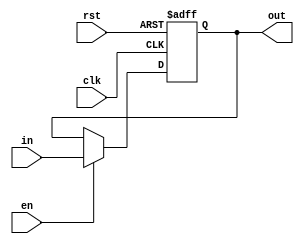
module Reg(clk,en, rst, in, out);
	parameter DATA_WIDTH = 8;

	input rst,en,clk;
	input[DATA_WIDTH-1:0] in;
	output reg [DATA_WIDTH-1:0] out;

	always@(posedge clk,posedge rst) begin
		if (rst) begin
			out = 8'd0;
		end
		else if(en) begin
			out = in;
		end
	end

endmodule